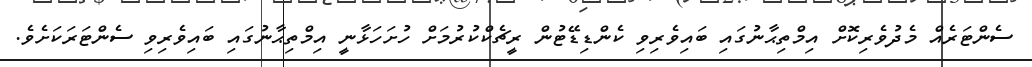
ސެންޓަރެއް މެދުވެރިކޮށް އިމްތިޙާނުގައި ބައިވެރިވި ކެންޑިޑޭޓުން ރީޗެކްކުރުމަށް ހުށަހަޅާނީ އިމްތިޙާނުގައި ބައިވެރިވި ސެންޓަރަކަށެވެ.